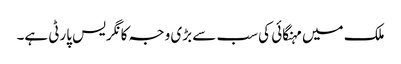
ملک میں مہنگائی کی سب سے بڑی وجہ کانگریس پارٹی ہے۔